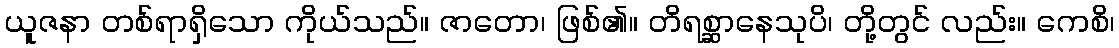
ယူဇနာ တစ်ရာရှိသော ကိုယ်သည်။ ဇာတော၊ ဖြစ်၏။ တိရစ္ဆာနေသုပိ၊ တို့တွင် လည်း။ ကေစိ၊